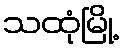
သထုံမြို့